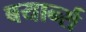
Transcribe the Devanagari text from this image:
बयार्न्स